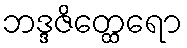
ဘဒ္ဒဇိတ္ထေရော